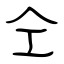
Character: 仝